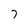
Character: 7